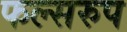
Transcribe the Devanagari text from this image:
फल्सरुप